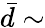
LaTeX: \bar{d}\sim